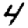
Digit: 4